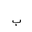
Letter: _ba